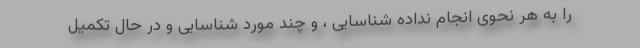
را به هر نحوی انجام نداده شناسایی ، و چند مورد شناسایی و در حال تکمیل